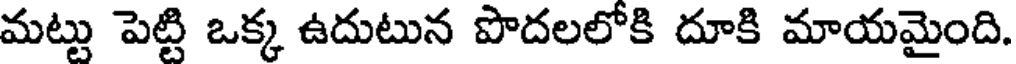
మట్టు పెట్టి ఒక్క ఉదుటున పొదలలోకి దూకి మాయమైంది.